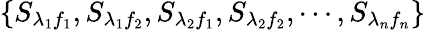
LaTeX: \left\{ {{S}_{{\lambda}_{1}{f}_{1}}},{{S}_{{\lambda}_{1}{f}_{2}}},{{S}_{{\lambda}_{2}{f}_{1}}},{{S}_{{\lambda}_{2}{f}_{2}}},\cdots,{{S}_{{\lambda}_{n}{f}_{n}}}\right\}